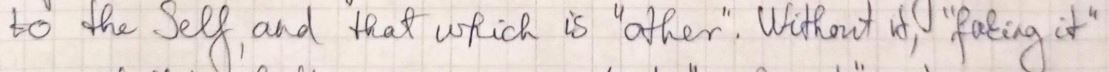
to the Self, and that which is "other". Without it, "taking it"